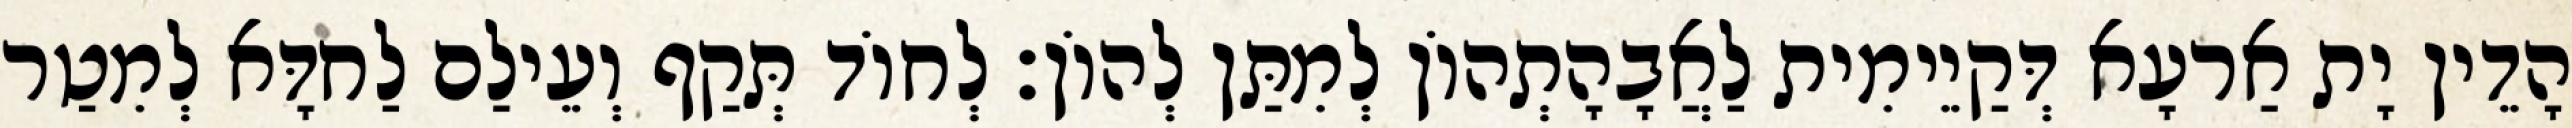
הָדֵין יָת אַרעָא דְּקַיֵימִית לַאֲבָהָתְהוֹן לְמִתַּן לְהוֹן׃ לְחוֹד תְּקַף וְעֵילַם לַחדָּא לְמִטַר